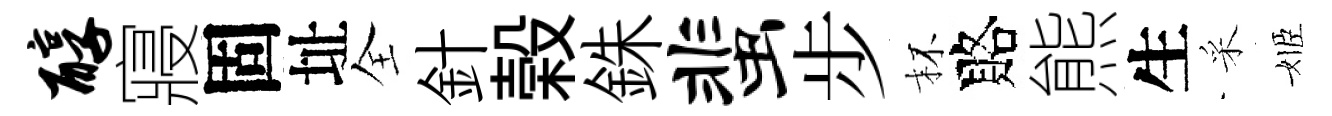
醇寢固址全針榖銖蜚步杯賂熊生采姬